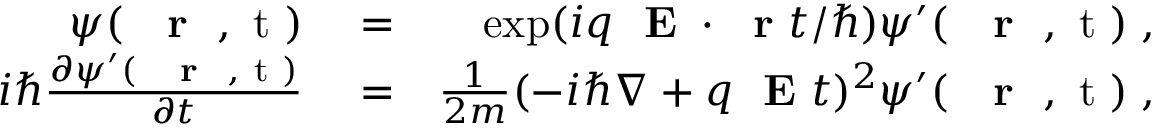
\begin{array} { r l r } { \psi ( \mathrm { ~ { ~ \bf ~ r ~ } ~ , ~ t ~ } ) } & { { } = } & { \exp ( i q \mathrm { ~ \bf ~ E ~ } \cdot \mathrm { ~ \bf ~ r ~ } t / \hbar ) \psi ^ { \prime } ( \mathrm { ~ { ~ \bf ~ r ~ } ~ , ~ t ~ } ) \; , } \\ { i \hbar \frac { \partial \psi ^ { \prime } ( \mathrm { ~ { ~ \bf ~ r ~ } ~ , ~ t ~ } ) } { \partial t } } & { { } = } & { \frac { 1 } { 2 m } ( - i \hbar \nabla + q \mathrm { ~ \bf ~ E ~ } t ) ^ { 2 } \psi ^ { \prime } ( \mathrm { ~ { ~ \bf ~ r ~ } ~ , ~ t ~ } ) \; , } \end{array}